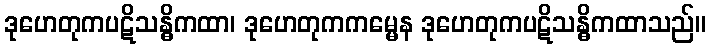
ဒုဟေတုကပဋိသန္ဓိကထာ၊ ဒုဟေတုကကမ္မေန ဒုဟေတုကပဋိသန္ဓိကထာသည်။